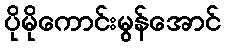
ပိုမိုကောင်းမွန်အောင်